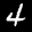
Label: 4